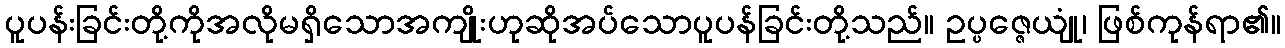
ပူပန်းခြင်းတို့ကိုအလိုမရှိသောအကျိုးဟုဆိုအပ်သောပူပန်ခြင်းတို့သည်။ ဥပ္ပဇ္ဇေယျုံ၊ ဖြစ်ကုန်ရာ၏။